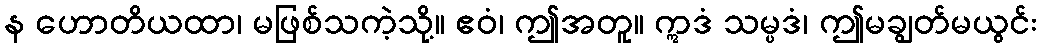
န ဟောတိယထာ၊ မဖြစ်သကဲ့သို့။ ဧဝံ၊ ဤအတူ။ ဣဒံ သမ္ပဒံ၊ ဤမချွတ်မယွင်း